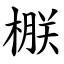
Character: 㮳